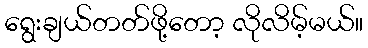
ရွေးချယ်တတ်ဖို့တော့ လိုလိမ့်မယ်။